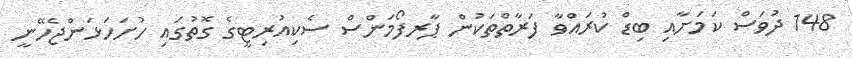
148 ދުވަސް ކަމަށާއި ބިޑް ކުރައްވާ ފަރާތްތަކުން ޕާރފޯމަންސް ސެކިއުރިޓީގެ ގޮތުގައި ހުށަހަޅަންޖެހޭނީ